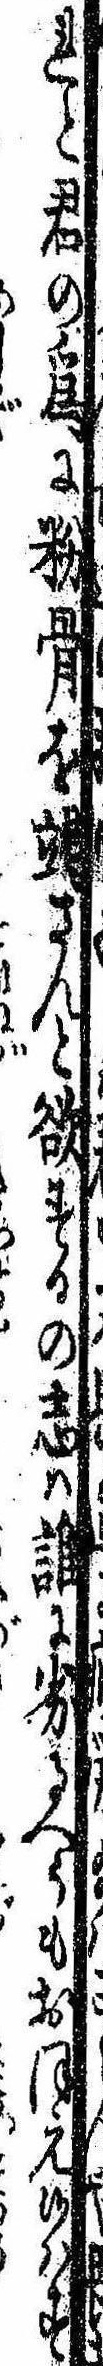
れど君の為に粉骨を竭さんと欲するの志は誰に劣るべうもおぼえ候はず